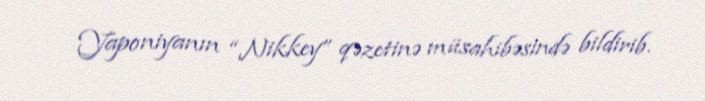
Yaponiyanın “Nikkey” qəzetinə müsahibəsində bildirib.